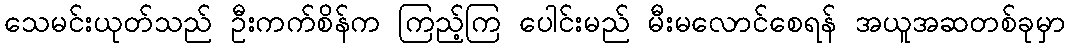
သေမင်းယုတ်သည် ဦးကက်စိန်က ကြည့်ကြ ပေါင်းမည် မီးမလောင်စေရန် အယူအဆတစ်ခုမှာ